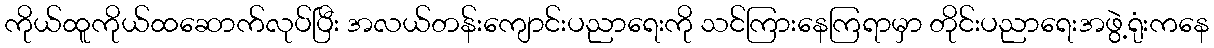
ကိုယ်ထူကိုယ်ထဆောက်လုပ်ပြီး အလယ်တန်းကျောင်းပညာရေးကို သင်ကြားနေကြရာမှာ တိုင်းပညာရေးအဖွဲ့ရုံးကနေ